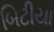
બિટીયા